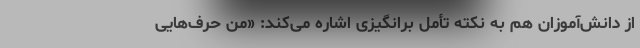
از دانش‌آموزان هم به نکته تأمل برانگیزی اشاره می‌کند: «من حرف‌هایی